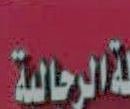
الرجالية